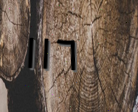
١١٦